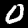
Label: 0